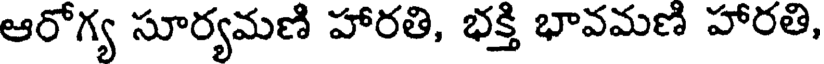
ఆరోగ్య సూర్యమణి హారతి, భక్తి భావమణి హారతి,